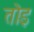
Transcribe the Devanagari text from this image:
तोइ